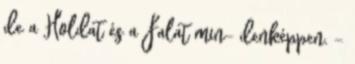
de a Holdat és a Falat min- denképpen. -